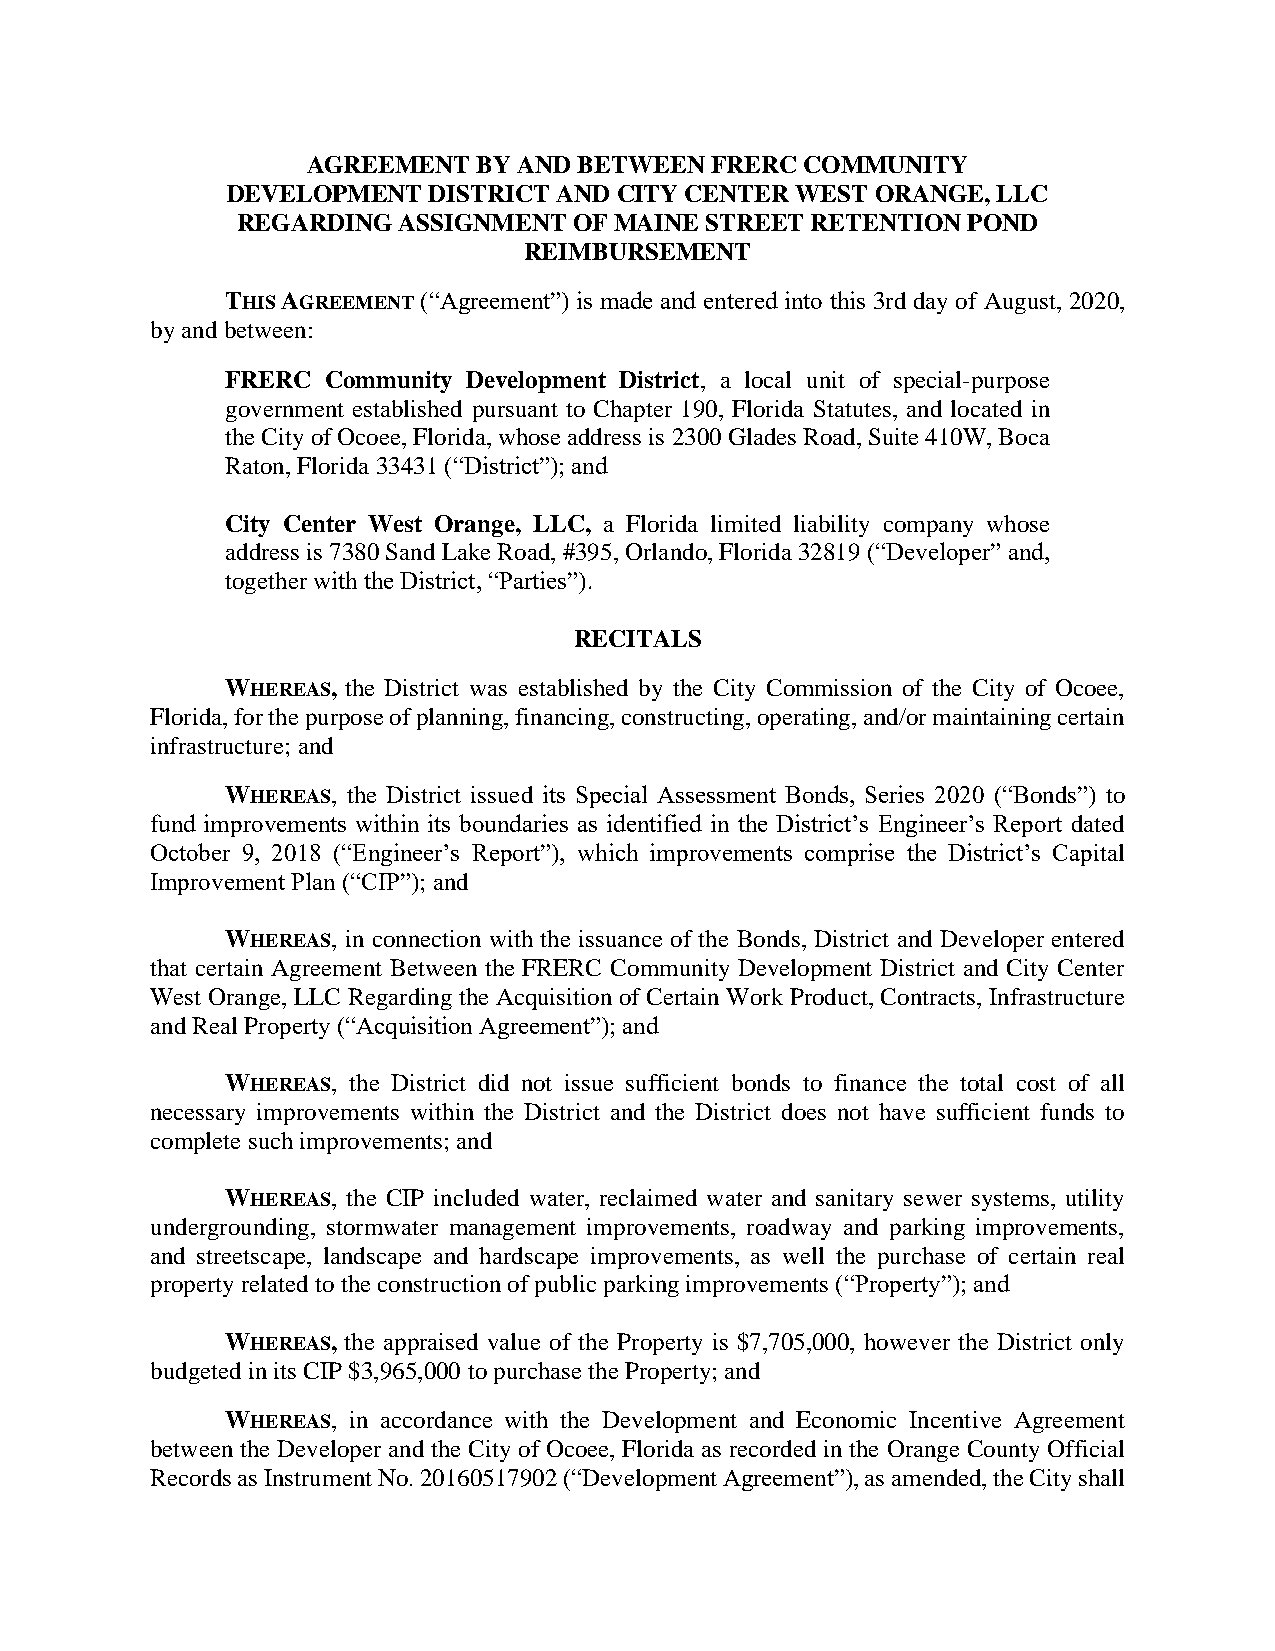
AGREEMENT   BY AND BETWEEN FRERC COMMUNITY
 DEVELOPMENT  DISTRICT AND CITY CENTER WEST ORANGE, LLC
 REGARDING ASSIGNMENT  OF MAINE STREET RETENTION POND
 REIMBURSEMENT
 THIS AGREEMENT (“Agreement”) is made and entered into this 3rd day of August, 2020,
 by and between:
 FRERC Community Development District, a local unit of special-purpose
 government established pursuant to Chapter 190, Florida Statutes, and located in
 the City of Ocoee, Florida, whose address is 2300 Glades Road, Suite 410W, Boca
 Raton, Florida 33431 (“District”); and
 City Center West Orange, LLC, a Florida limited liability company whose
 address is 7380 Sand Lake Road, #395, Orlando, Florida 32819 (“Developer” and,
 together with the District, “Parties”).
 RECITALS
 WHEREAS, the District was established by the City Commission of the City of Ocoee,
 Florida, for the purpose of planning, financing, constructing, operating, and/or maintaining certain
 infrastructure; and
 WHEREAS, the District issued its Special Assessment Bonds, Series 2020 (“Bonds”) to
 fund improvements within its boundaries as identified in the District’s Engineer’s Report dated
 October 9, 2018 (“Engineer’s Report”), which improvements comprise the District’s Capital
 Improvement Plan (“CIP”); and
 WHEREAS, in connection with the issuance of the Bonds, District and Developer entered
 that certain Agreement Between the FRERC Community Development District and City Center
 West Orange, LLC Regarding the Acquisition of Certain Work Product, Contracts, Infrastructure
 and Real Property (“Acquisition Agreement”); and
 WHEREAS, the District did not issue sufficient bonds to finance the total cost of all
 necessary improvements within the District and the District does not have sufficient funds to
 complete such improvements; and
 WHEREAS, the CIP included water, reclaimed water and sanitary sewer systems, utility
 undergrounding, stormwater management improvements, roadway and parking improvements,
 and streetscape, landscape and hardscape improvements, as well the purchase of certain real
 property related to the construction of public parking improvements (“Property”); and
 WHEREAS, the appraised value of the Property is $7,705,000, however the District only
 budgeted in its CIP $3,965,000 to purchase the Property; and
 WHEREAS, in accordance with the Development and Economic Incentive Agreement
 between the Developer and the City of Ocoee, Florida as recorded in the Orange County Official
 Records as Instrument No. 20160517902 (“Development Agreement”), as amended, the City shall